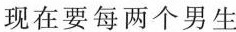
现在要每两个男生